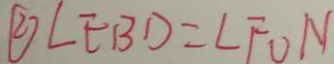
\textcircled { 2 } \angle E B D = \angle F O N